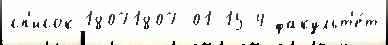
сп'исок 18071807-01-15 4 факульт'е́т